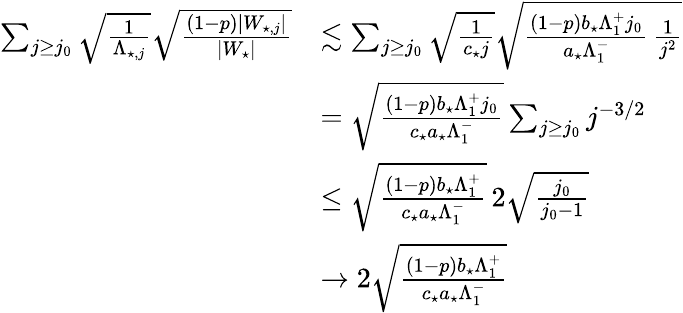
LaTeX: \begin{array}{rl}{\sum_{j\geq j_{0}}\sqrt{\frac{1}{\Lambda_{\star,j}}}\sqrt{\frac{(1-p)|W_{\star,j}|}{|W_{\star}|}}}&{\lesssim\sum_{j\geq j_{0}}\sqrt{\frac{1}{c_{\star}j}}\sqrt{\frac{(1-p)b_{\star}\Lambda_{1}^{+}j_{0}}{a_{\star}\Lambda_{1}^{-}}\, \frac{1}{j^{2}}}}\\ &{=\sqrt\frac{(1-p)b_{\star}\Lambda_{1}^{+}j_{0}}{c_{\star}a_{\star}\Lambda_{1}^{-}}\sum_{j\geq j_{0}}j^{-3/2}}\\ &{\leq\sqrt\frac{(1-p)b_{\star}\Lambda_{1}^{+}}{c_{\star}a_{\star}\Lambda_{1}^{-}}\, 2\sqrt{\frac{j_{0}}{j_{0}-1}}}\\ &{\to 2\sqrt\frac{(1-p)b_{\star}\Lambda_{1}^{+}}{c_{\star}a_{\star}\Lambda_{1}^{-}}}\end{array}